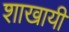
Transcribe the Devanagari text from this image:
शाखायी